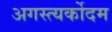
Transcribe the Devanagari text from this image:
अगस्त्यर्कोदम